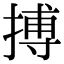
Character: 搏